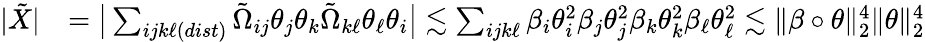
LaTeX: \begin{array}{rl}{|\tilde{X}|}&{=\big|\sum_{ijk\ell(dist)}\tilde{\Omega}_{ij}\theta_{j}\theta_{k}\tilde{\Omega}_{k\ell}\theta_{\ell}\theta_{i}\big|\lesssim\sum_{ijk\ell}\beta_{i}\theta_{i}^{2}\beta_{j}\theta_{j}^{2}\beta_{k}\theta_{k}^{2}\beta_{\ell}\theta_{\ell}^{2}\lesssim\| \beta\circ\theta\| _{2}^{4}\| \theta\| _{2}^{4}}\end{array}